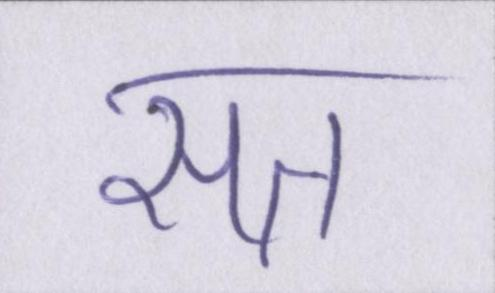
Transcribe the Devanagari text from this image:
सत